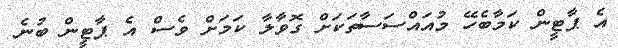
އެ ޕާޓީން ކަމާބެހޭ މުއައްސަސާތަކަށް ގޮވާލާ ކަމަށް ވެސް އެ ޕާޓީން ބުނެ